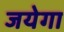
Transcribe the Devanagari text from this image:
जयेगा